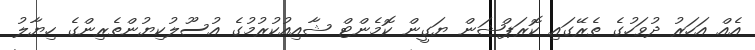
އެއް އަހަރު ދުވަހުގެ ތެރޭގައި ކޮރަޕްޝަން ޔަގީން ކޮމެންޓް ޝާއިއުކުރުމުގެ އުސޫލުކިޔުންތެރިންގެ ހިޔާލު